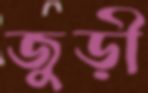
জুড়ী